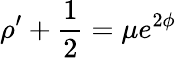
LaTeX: \rho^{\prime}+\frac{1}{2}=\mu e^{2\phi}